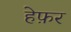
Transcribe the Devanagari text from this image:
हेफ़र